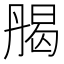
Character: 𠂄